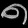
Digit: ၈